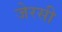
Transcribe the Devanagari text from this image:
जेरसी